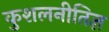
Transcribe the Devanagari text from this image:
कुशलनीतिज्ञ